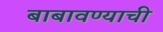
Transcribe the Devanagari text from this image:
बाबावण्याची